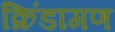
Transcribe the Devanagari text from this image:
क्रिंडागण